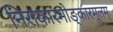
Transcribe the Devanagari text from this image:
निराकारमोङ्कारमूलम्